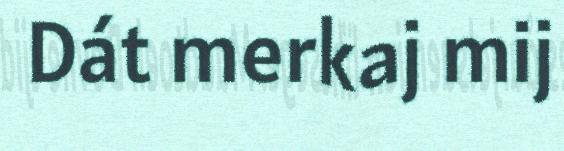
Dát merkaj mij